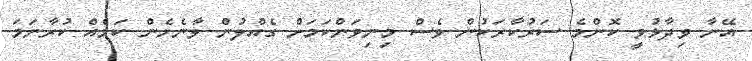
އޭނާ ވިދާޅުވީ ކޮންމެ ސަރުކާރަކުން ވެސް މިނިވަންކަމަށް ގެއްލުން ވާނެހެން ކަމެއް ކުރާނަމަ